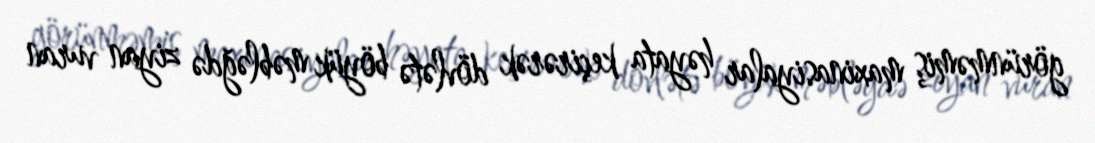
görünməmiş maxinasiyalar həyata keçirərək dövlətə böyük məbləğdə ziyan vuran